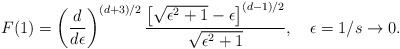
\begin{align*}F(1)=\left(d\over d\epsilon\right)^{(d+3)/2}{\left[\sqrt{\epsilon^2+1}-\epsilon\right]^{(d-1)/2}\over\sqrt{\epsilon^2+1}}, \quad\epsilon=1/s\to0.\end{align*}